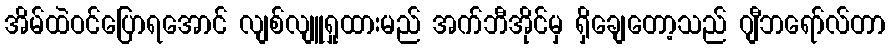
အိမ်ထဲဝင်ပြောရအောင် လျစ်လျူရှုထားမည် အက်ဘီအိုင်မှ ရှိချေတော့သည် ဂျီဘရော်လ်တာ